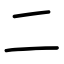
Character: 二